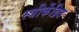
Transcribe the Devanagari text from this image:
स्त्रीकेंद्रित